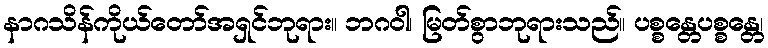
နာဂသိန်ကိုယ်တော်အရှင်ဘုရား။ ဘဂဝါ၊ မြတ်စွာဘုရားသည်။ ပစ္စန္တေပစ္စန္တေ၊